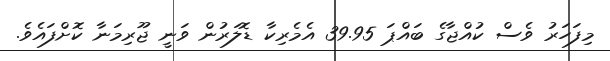
މިފަހަރު ވެސް ކުއްޖާގެ ބައްޕަ 39.95 އެމެރިކާ ޑޮލަރުން ވަނީ ޖޫރިމަނާ ކޮށްފައެވެ.